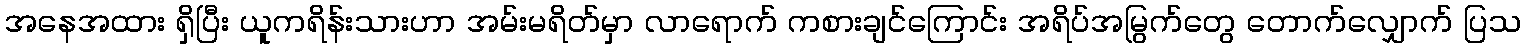
အနေအထား ရှိပြီး ယူကရိန်းသားဟာ အမ်းမရိတ်မှာ လာရောက် ကစားချင်ကြောင်း အရိပ်အမြွက်တွေ တောက်လျှောက် ပြသ